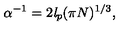
\alpha ^ { - 1 } = 2 \mathit { l } _ { p } ( \pi N ) ^ { 1 / 3 } ,